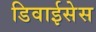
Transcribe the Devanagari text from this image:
डिवाईसेस